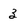
Character: 3